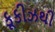
કૂકીઝથી